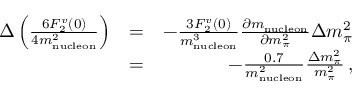
\begin{array} { r l r } { \Delta \left( \frac { 6 F _ { 2 } ^ { v } ( 0 ) } { 4 m _ { \mathrm { n u c l e o n } } ^ { 2 } } \right) } & { = } & { - \frac { 3 F _ { 2 } ^ { v } ( 0 ) } { m _ { \mathrm { n u c l e o n } } ^ { 3 } } \frac { \partial m _ { \mathrm { n u c l e o n } } } { \partial m _ { \pi } ^ { 2 } } \Delta m _ { \pi } ^ { 2 } } \\ & { = } & { - \frac { 0 . 7 } { m _ { \mathrm { n u c l e o n } } ^ { 2 } } \frac { \Delta m _ { \pi } ^ { 2 } } { m _ { \pi } ^ { 2 } } \, , } \end{array}